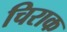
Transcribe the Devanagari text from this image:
चिराक